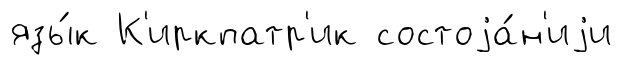
язы́к К'иркпатр'ик состоjа́н'иjи